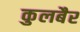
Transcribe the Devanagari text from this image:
कुलबैर